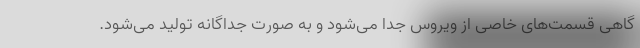
گاهی قسمت‌های خاصی از ویروس جدا می‌شود و به صورت جداگانه تولید می‌شود.